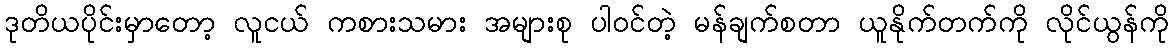
ဒုတိယပိုင်းမှာတော့ လူငယ် ကစားသမား အများစု ပါဝင်တဲ့ မန်ချက်စတာ ယူနိုက်တက်ကို လိုင်ယွန်ကို